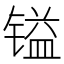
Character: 镒